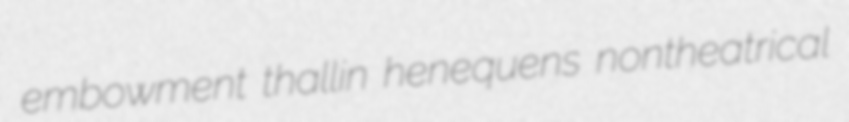
embowment thallin henequens nontheatrical